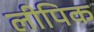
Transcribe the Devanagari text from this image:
लीपिक